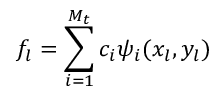
f _ { l } = \sum _ { i = 1 } ^ { M _ { t } } c _ { i } \psi _ { i } ( x _ { l } , y _ { l } )